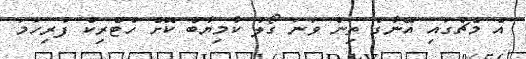
އެ މެޗުގައި އޭނާގެ ތިން ވަނަ ގޯލު ކާމިޔާބް ކޮށް ހެޓްރިކް ފުރިހަމަ